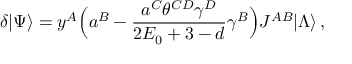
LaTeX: \delta | \Psi \rangle = y ^ { A } \Bigl ( a ^ { B } - \frac { a ^ { C } \theta ^ { C D } \gamma ^ { D } } { 2 E _ { 0 } + 3 - d } \gamma ^ { B } \Bigr ) J ^ { A B } | \Lambda \rangle \, ,